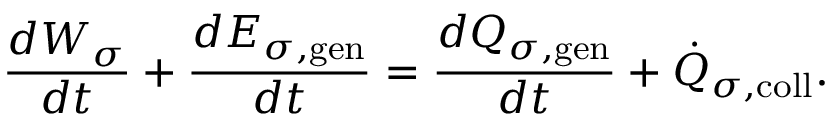
\frac { d { \cal W } _ { \sigma } } { d t } + \frac { d { \cal E } _ { \sigma , \mathrm { g e n } } } { d t } = \frac { d { \cal Q } _ { \sigma , \mathrm { g e n } } } { d t } + \dot { { \cal Q } } _ { \sigma , \mathrm { c o l l } } .